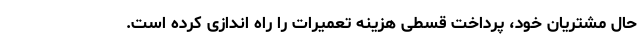
حال مشتریان خود، پرداخت قسطی هزینه تعمیرات را راه اندازی کرده است.